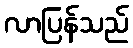
လာပြန်သည်